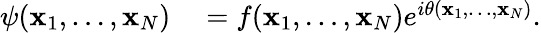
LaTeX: \begin{array}{rl}{\psi(\mathbf{x}_{1},\ldots,\mathbf{x}_{N})}&{{}=f(\mathbf{x}_{1},\ldots,\mathbf{x}_{N})e^{i\theta(\mathbf{x}_{1},\ldots,\mathbf{x}_{N})}.}\end{array}